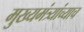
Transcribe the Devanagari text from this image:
मुख्यमंत्र्यांच्याच